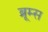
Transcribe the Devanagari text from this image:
ब्रूम्स